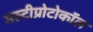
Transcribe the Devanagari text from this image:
मल्टीप्रोटोकॉल